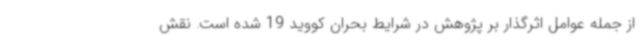
از جمله عوامل اثرگذار بر پژوهش در شرایط بحران کووید 19 شده است. نقش